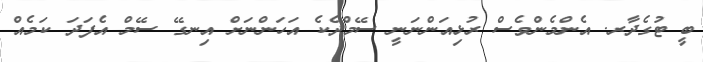
ބީ ޓުގެދާރ. އެންމެންވެސް ރުޅިއަންނަނީ ސޭމްދެކެ އަހަންނަށް އިނގޭ ސޭމް އެފަދަ ކަމެއް